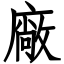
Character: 廠